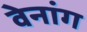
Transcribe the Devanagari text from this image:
वेनांग